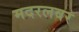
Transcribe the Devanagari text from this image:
मदरलवर